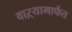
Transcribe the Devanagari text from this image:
वाऱ्यामार्फत